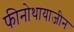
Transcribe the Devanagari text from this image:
फीनोथायाजीन